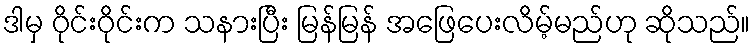
ဒါမှ ဝိုင်းဝိုင်းက သနားပြီး မြန်မြန် အဖြေပေးလိမ့်မည်ဟု ဆိုသည်။